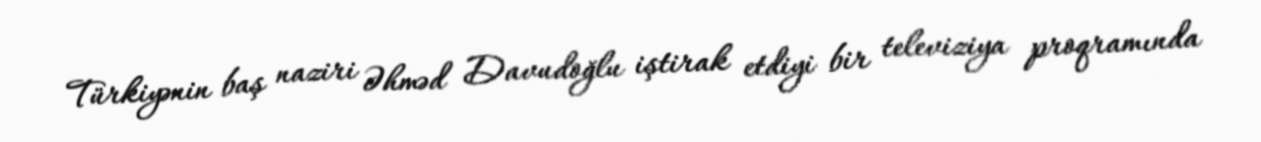
Türkiyənin baş naziri Əhməd Davudoğlu iştirak etdiyi bir televiziya proqramında